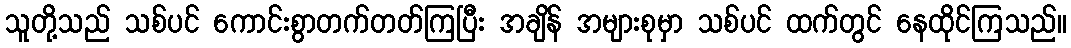
သူတို့သည် သစ်ပင် ကောင်းစွာတက်တတ်ကြပြီး အချိန် အများစုမှာ သစ်ပင် ထက်တွင် နေထိုင်ကြသည်။